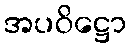
အပဝိဋ္ဌော